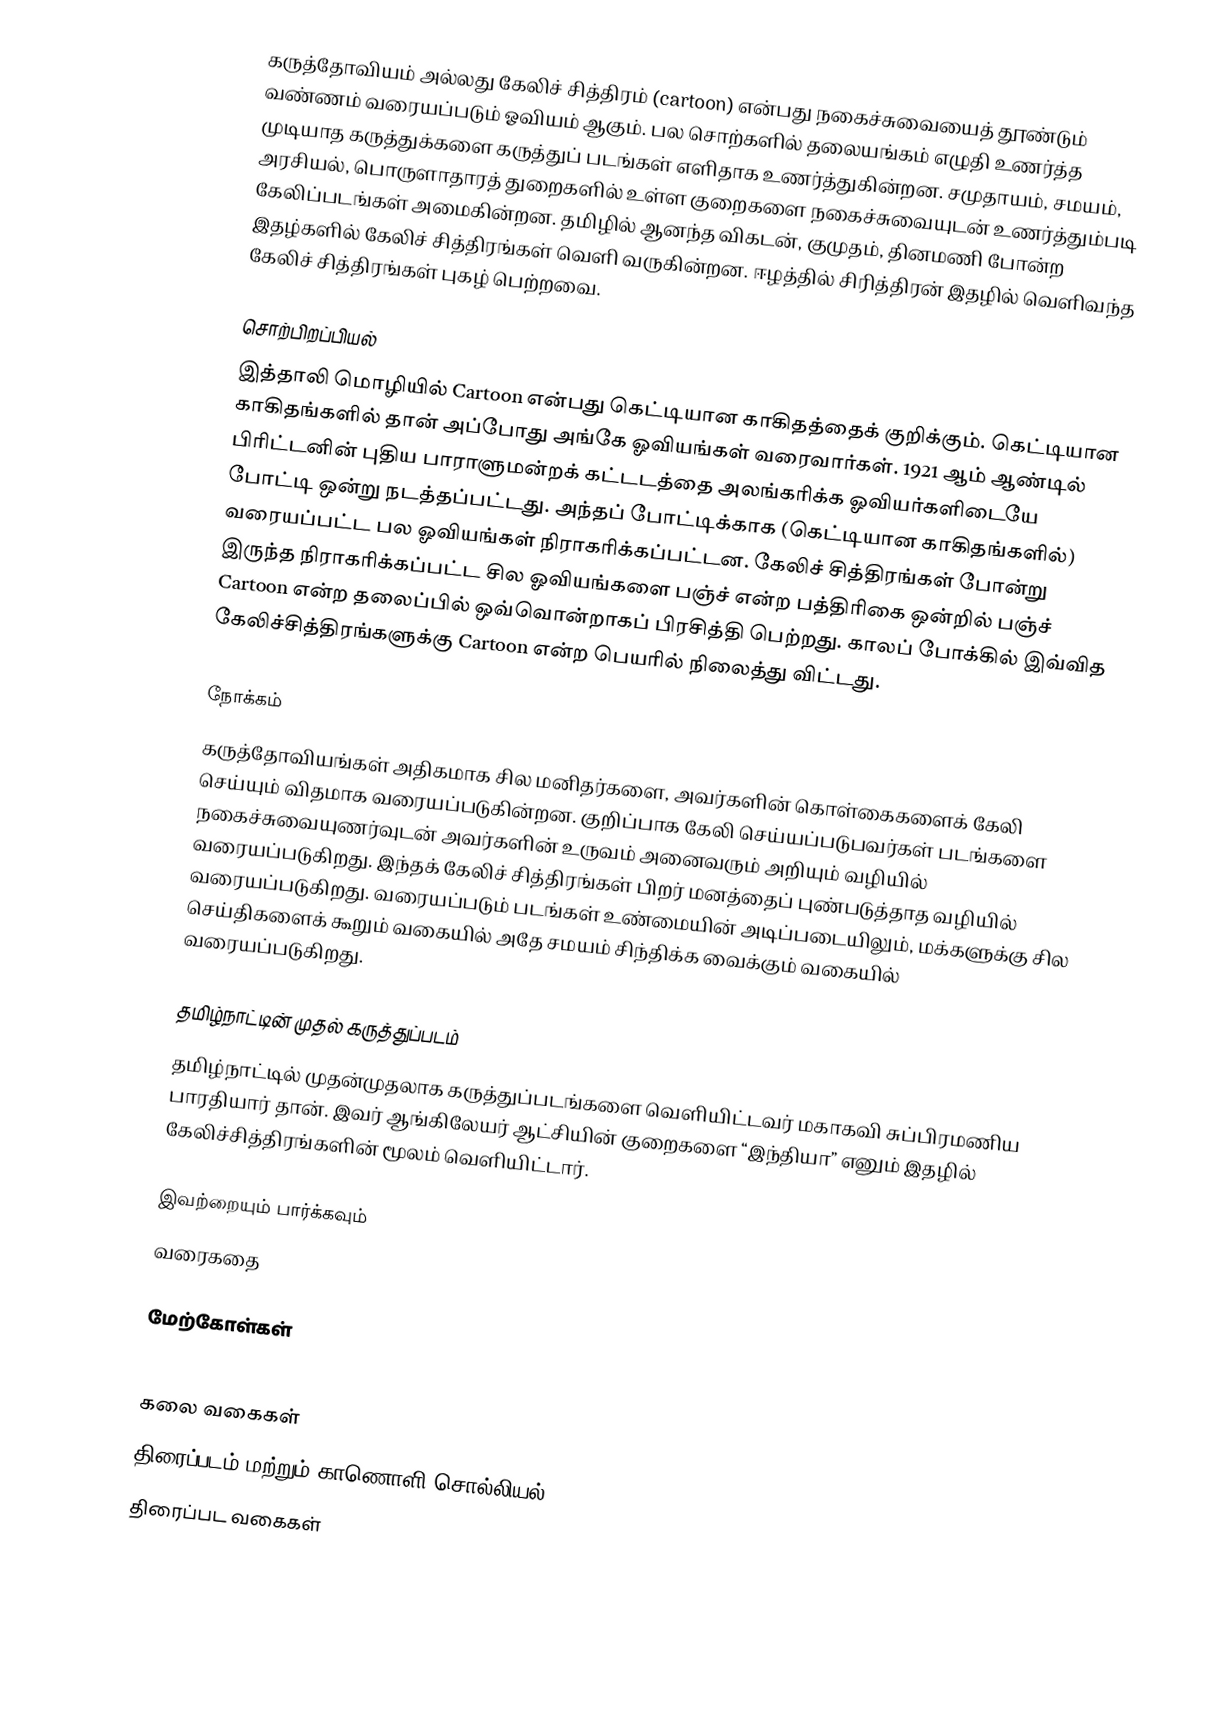
கருத்தோவியம் அல்லது கேலிச் சித்திரம் (cartoon) என்பது நகைச்சுவையைத் தூண்டும் வண்ணம் வரையப்படும் ஓவியம் ஆகும். பல சொற்களில் தலையங்கம் எழுதி உணர்த்த முடியாத கருத்துக்களை கருத்துப் படங்கள் எளிதாக உணர்த்துகின்றன. சமுதாயம், சமயம், அரசியல், பொருளாதாரத் துறைகளில் உள்ள குறைகளை நகைச்சுவையுடன் உணர்த்தும்படி கேலிப்படங்கள் அமைகின்றன. தமிழில் ஆனந்த விகடன், குமுதம், தினமணி போன்ற இதழ்களில் கேலிச் சித்திரங்கள் வெளி வருகின்றன. ஈழத்தில் சிரித்திரன் இதழில் வெளிவந்த கேலிச் சித்திரங்கள் புகழ் பெற்றவை.

சொற்பிறப்பியல்
இத்தாலி மொழியில் Cartoon என்பது கெட்டியான காகிதத்தைக் குறிக்கும். கெட்டியான காகிதங்களில் தான் அப்போது அங்கே ஓவியங்கள் வரைவார்கள். 1921 ஆம் ஆண்டில் பிரிட்டனின் புதிய பாராளுமன்றக் கட்டடத்தை அலங்கரிக்க ஓவியர்களிடையே போட்டி ஒன்று நடத்தப்பட்டது. அந்தப் போட்டிக்காக (கெட்டியான காகிதங்களில்) வரையப்பட்ட பல ஓவியங்கள் நிராகரிக்கப்பட்டன. கேலிச் சித்திரங்கள் போன்று இருந்த நிராகரிக்கப்பட்ட சில ஓவியங்களை பஞ்ச் என்ற பத்திரிகை ஒன்றில் பஞ்ச் Cartoon என்ற தலைப்பில் ஒவ்வொன்றாகப் பிரசித்தி பெற்றது. காலப் போக்கில் இவ்வித கேலிச்சித்திரங்களுக்கு Cartoon என்ற பெயரில் நிலைத்து விட்டது.

நோக்கம்
கருத்தோவியங்கள் அதிகமாக சில மனிதர்களை, அவர்களின் கொள்கைகளைக் கேலி செய்யும் விதமாக வரையப்படுகின்றன. குறிப்பாக கேலி செய்யப்படுபவர்கள் படங்களை நகைச்சுவையுணர்வுடன் அவர்களின் உருவம் அனைவரும் அறியும் வழியில் வரையப்படுகிறது. இந்தக் கேலிச் சித்திரங்கள் பிறர் மனத்தைப் புண்படுத்தாத வழியில் வரையப்படுகிறது. வரையப்படும் படங்கள் உண்மையின் அடிப்படையிலும், மக்களுக்கு சில செய்திகளைக் கூறும் வகையில் அதே சமயம் சிந்திக்க வைக்கும் வகையில் வரையப்படுகிறது.

தமிழ்நாட்டின் முதல் கருத்துப்படம்
தமிழ்நாட்டில் முதன்முதலாக கருத்துப்படங்களை வெளியிட்டவர் மகாகவி சுப்பிரமணிய பாரதியார் தான். இவர் ஆங்கிலேயர் ஆட்சியின் குறைகளை “இந்தியா” எனும் இதழில் கேலிச்சித்திரங்களின் மூலம் வெளியிட்டார்.

இவற்றையும் பார்க்கவும்
 வரைகதை

மேற்கோள்கள்

கலை வகைகள்
திரைப்படம் மற்றும் காணொளி சொல்லியல்
திரைப்பட வகைகள்